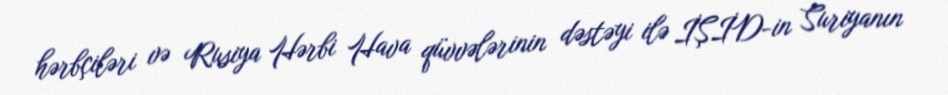
hərbçiləri və Rusiya Hərbi Hava qüvvələrinin dəstəyi ilə İŞİD-in Suriyanın